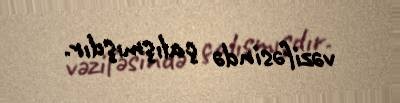
vəzifəsində çalışmışdır.